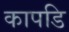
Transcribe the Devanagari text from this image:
कापडि